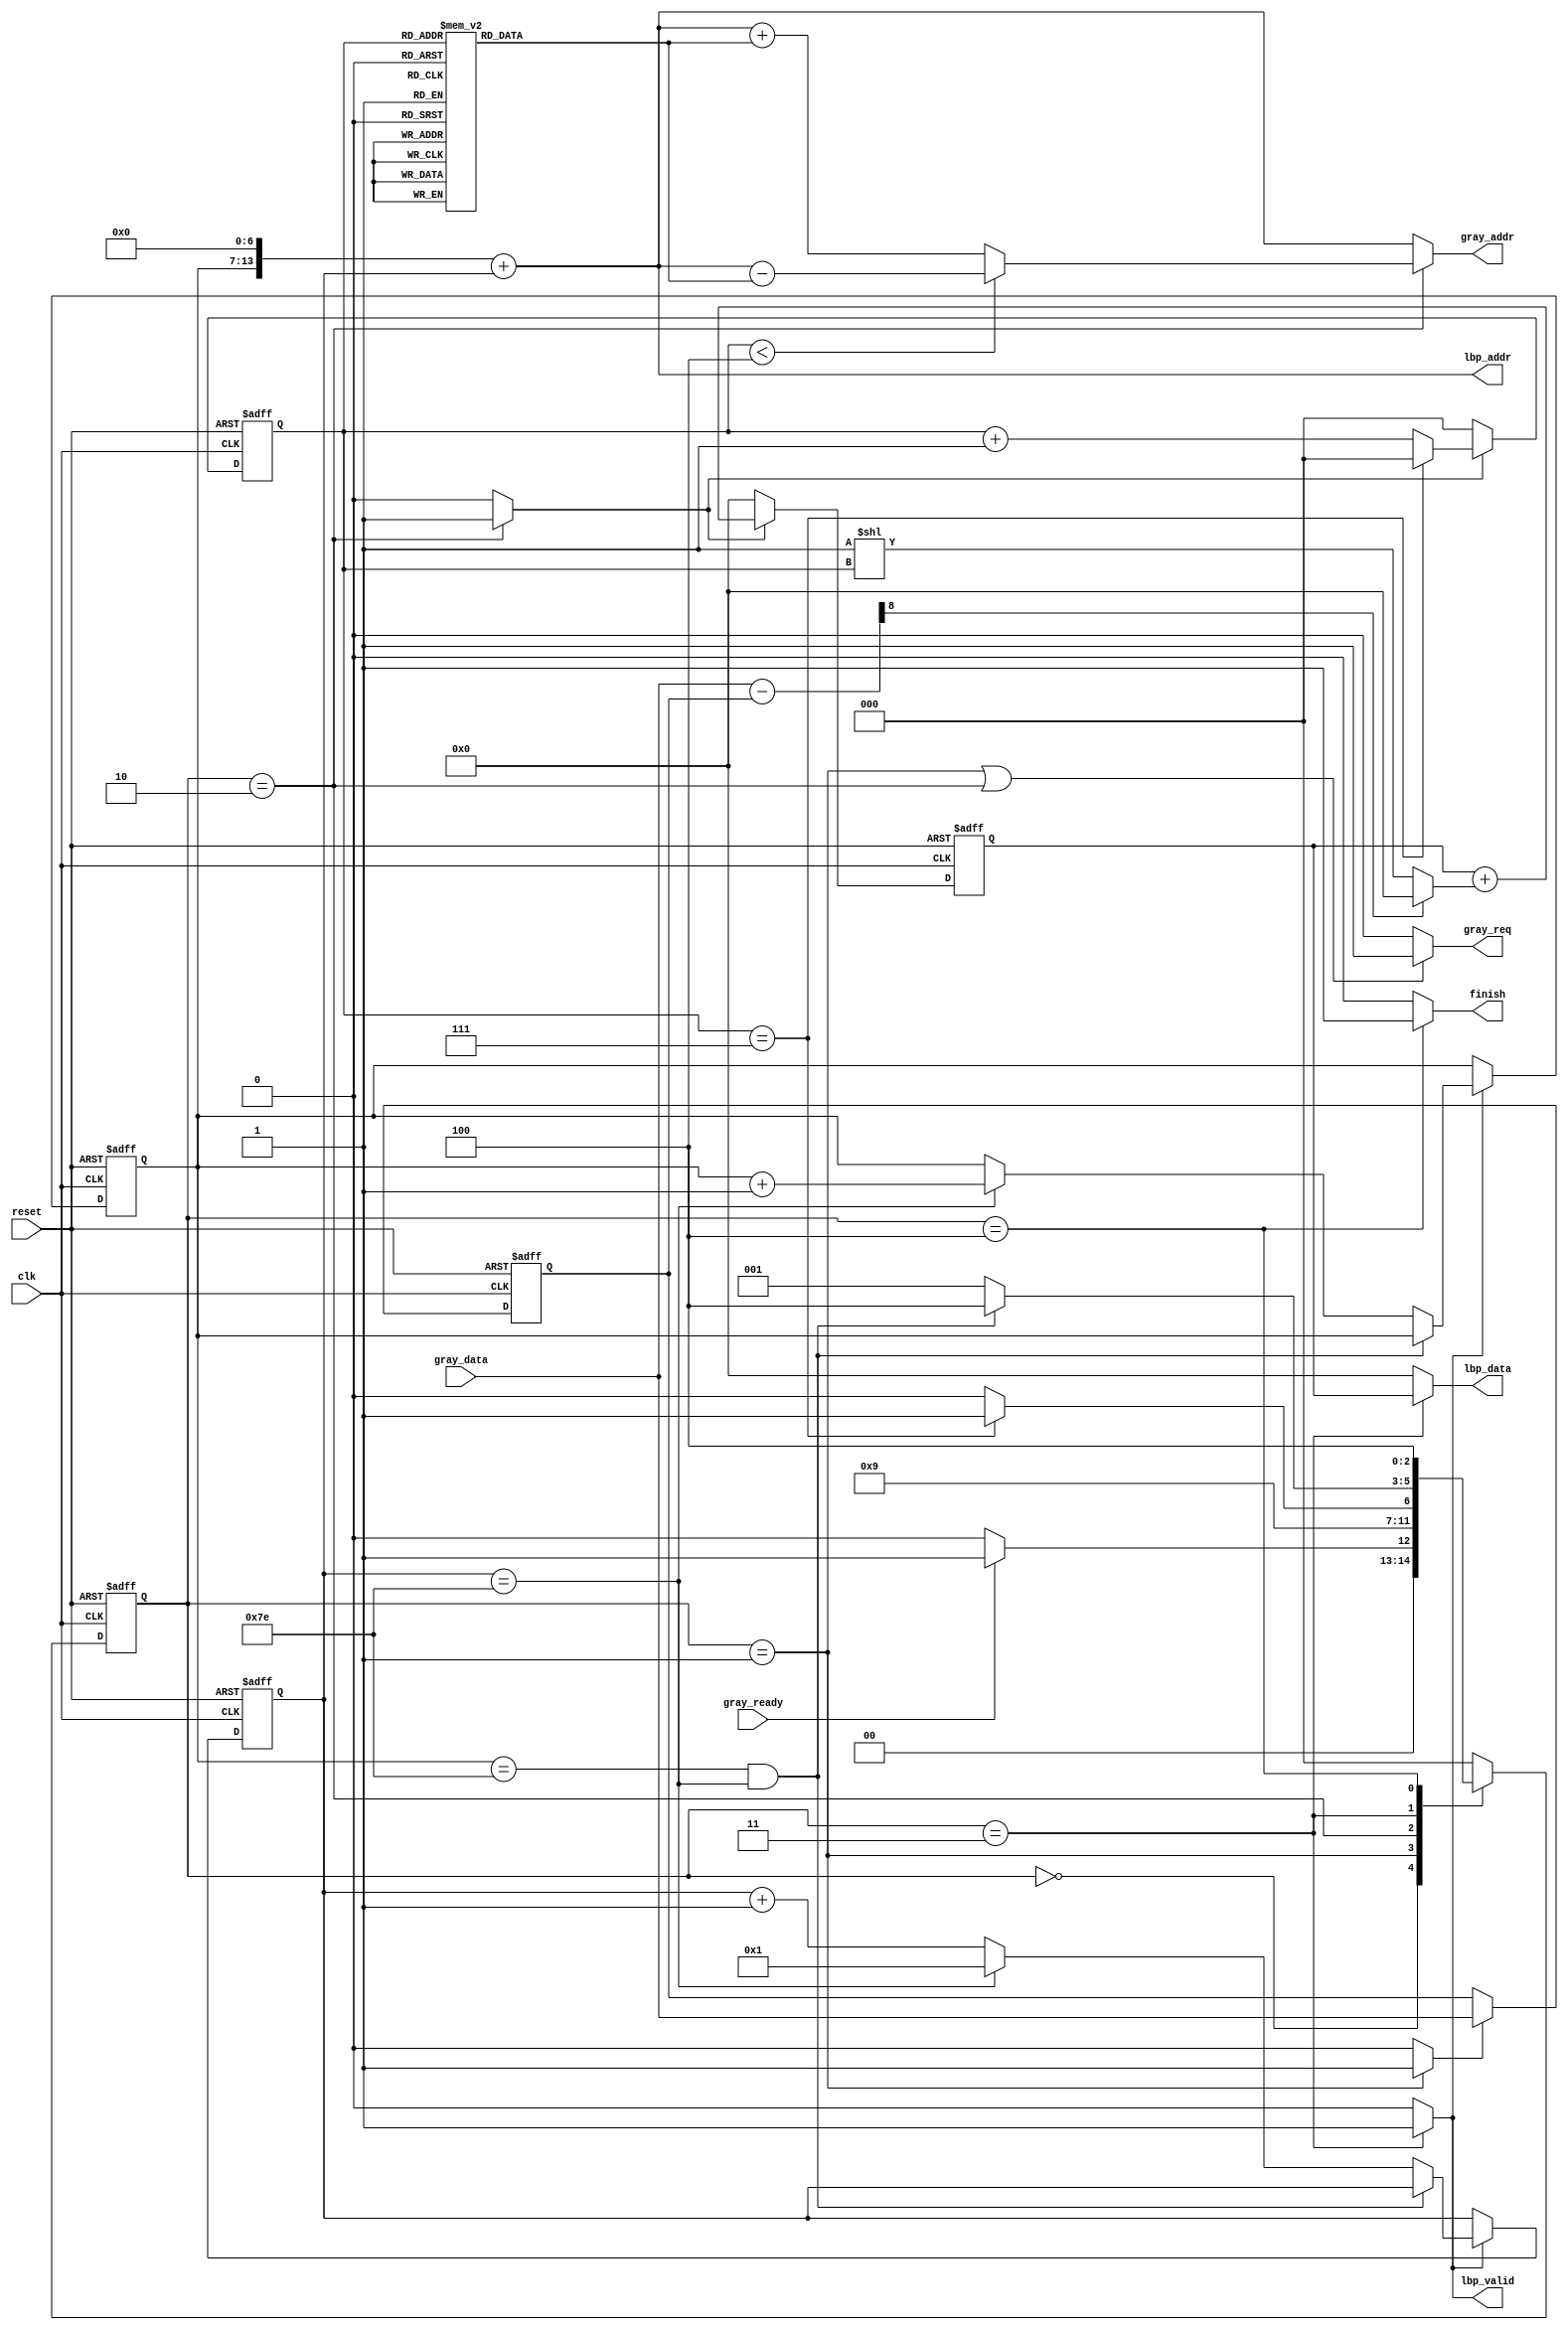

`timescale 1ns/10ps
module LBP ( clk, reset, gray_addr, gray_req, gray_ready, gray_data, lbp_addr, lbp_valid, lbp_data, finish);
input   	clk;
input   	reset;
output reg [13:0] gray_addr;
output         	gray_req;
input   	gray_ready;
input   [7:0] 	gray_data;
output   [13:0] 	lbp_addr;
output  	lbp_valid;
output  [7:0] 	lbp_data;
output  	finish;
//====================================================================
parameter IDLE=3'd0,
          READ_C=3'd1,
          OPERATION=3'd2,
          WRITE=3'd3,
          DONE=3'd4;

reg [2:0] state,n_state;
reg [2:0] counter,next_counter;
reg [6:0] row,col;
reg [6:0] next_row,next_col;
reg [7:0] center;
reg [7:0] psum,next_psum;
reg [7:0] bias;

wire store;
wire op;
wire [8:0] s;
wire [7:0] tmp;
//=====================================================================
assign store=(state==READ_C)?1'b1:1'b0;
assign op=(state==OPERATION)?1'b1:1'b0;
assign gray_req=(state==READ_C||state==OPERATION)?1'b1:1'b0;
assign lbp_valid=(state==WRITE)?1'b1:1'b0;
assign lbp_addr={row,7'd0}+col; //row*128+col
assign lbp_data=(state==WRITE)?psum:8'd0;
assign finish=(state==DONE)?1'b1:1'b0;

assign s=gray_data-center;
assign tmp=(s[8])?8'd0:(1<<counter);

//FSM
always@(posedge clk or posedge reset)begin
    if(reset)begin
        state<=IDLE;
    end
    else begin
        state<=n_state;
    end
end
always@(*)begin
    case(state)
        IDLE:begin
            if(gray_ready)begin
                n_state=READ_C;
            end
            else begin
                n_state=IDLE;
            end
        end
        READ_C:begin
            n_state=OPERATION;
        end
        OPERATION:begin
            if(counter==3'd7)begin
                n_state=WRITE;
            end
            else begin
                n_state<=OPERATION;
            end
        end
        WRITE:begin
            if(row==7'd126 && col==7'd126)begin
                n_state=DONE;
            end
            else begin
                n_state=READ_C;
            end
        end
        DONE:begin
            n_state=DONE;
        end
        default:begin
            n_state=IDLE;
        end
    endcase
end

// row, col
always@(posedge clk or posedge reset)begin
    if(reset)begin
        row<=7'd1;
        col<=7'd1;
    end
    else if(lbp_valid)begin
        row<=next_row;
        col<=next_col;
    end
    else begin
    end
end
always@(*)begin
    if(lbp_valid)begin
        if(row==7'd126 && col==7'd126)begin
            next_row=row;
            next_col=col;
        end
        else if(col==7'd126)begin
            next_col=7'd1;
            next_row=row+7'd1;
        end
        else begin
            next_row=row;
            next_col=col+7'd1;
        end
    end
    else begin
        next_row=row;
        next_col=col;
    end
end

// center pixel
always@(posedge clk or posedge reset)begin
    if(reset)begin
        center<=8'd0;
    end
    else if(store)begin
        center<=gray_data;
    end
    else begin
    end
end
 //counter
always@(posedge clk or posedge reset)begin
    if(reset)begin
        counter<=3'd0;
    end
    else if(op)begin
        counter<=next_counter;
    end
    else begin
        counter<=3'd0;
    end
end
always@(*)begin
    if(op)begin
        if(counter==3'd7)begin
            next_counter=3'd0;
        end
        else begin
            next_counter=counter+3'd1;
        end
    end
    else begin
        next_counter=counter;
    end
end


// gray_addr
always@(*)begin
    if(state==OPERATION)begin
        if(counter<3'd4)begin
            gray_addr=lbp_addr-bias;
        end
        else begin
            gray_addr=lbp_addr+bias;
        end        
    end
    else begin
        gray_addr=lbp_addr;
    end
end

// bias
always@(*)begin
    case(counter)
        3'd0:bias=8'd129;
        3'd1:bias=8'd128;
        3'd2:bias=8'd127;
        3'd3:bias=8'd1;
        3'd4:bias=8'd1;
        3'd5:bias=8'd127;
        3'd6:bias=8'd128;
        3'd7:bias=8'd129;
        default:bias=8'd0;
    endcase
end

// psum
always@(posedge clk or posedge reset)begin
    if(reset)begin
        psum<=8'd0;
    end
    else if(op)begin
        psum<=next_psum;
    end
    else begin
        psum<=8'd0;
    end
end
always@(*)begin
    if(op)begin
        next_psum=psum+tmp;
    end
    else begin
        next_psum=psum;
    end
end




//====================================================================
endmodule